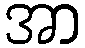
အာ